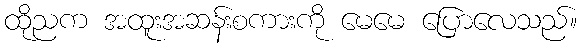
ထိုညက အထူးအဆန်းစကားကို မေမေ ပြောလေသည်။